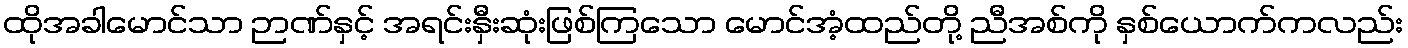
ထိုအခါမောင်သာ ဉာဏ်နှင့် အရင်းနှီးဆုံးဖြစ်ကြသော မောင်အံ့ထည်တို့ ညီအစ်ကို နှစ်ယောက်ကလည်း